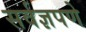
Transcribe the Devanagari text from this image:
सर्वज्ञपणे